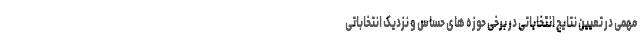
مهمی در تعیین نتایج انتخاباتی در برخی حوزه های حساس و نزدیک انتخاباتی